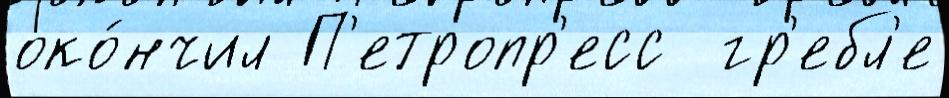
око́нчил П'етропр'есс  гр'ебл'е